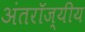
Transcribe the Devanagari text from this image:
अंतरॉज्यीय